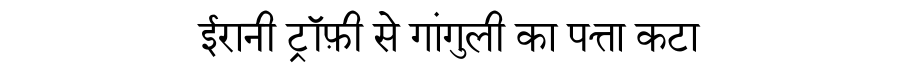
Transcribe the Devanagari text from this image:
ईरानी ट्रॉफ़ी से गांगुली का पत्ता कटा